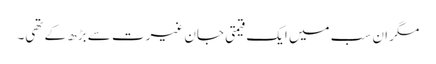
مگر ان سب میں ایک قیمتی جان غیرت سے بڑھ کے تھی۔